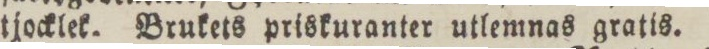
tjocklet. Brukets priskuranter utlemnas gratis.